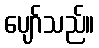
ပျော်သည်။